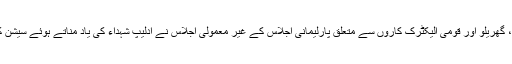
اس دوران ، گھریلو اور قومی الیکٹرک کاروں سے متعلق پارلیمانی اجلاس کے غیر معمولی اجلاس نے ادلیپ شہداء کی یاد مناتے ہوئے سیشن کا آغاز کیا۔